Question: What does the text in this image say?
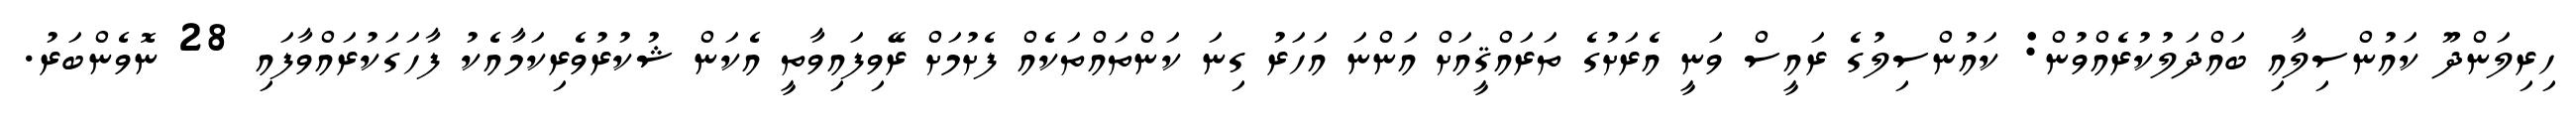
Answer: ހިރިލަންދޫ ކައުންސިލާއި ބައްދަލުކުރެއްވުން: ކައުންސިލުގެ ރައީސް ވަނީ އެރަށުގެ ތަރައްޤީއަށް އަންނަ އަހަރު ގިނަ ކަންތައްތަކެއް ފެށުމަށް ރޭވިފައިވާތީ އެކަން ޝުކުރުވެރިކަމާއެކު ފާހަގަކުރައްވާފައި 28 ނޮވެންބަރު.